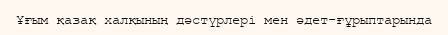
Ұғым қазақ халқының дәстүрлері мен әдет-ғұрыптарында